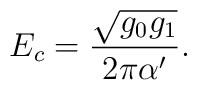
E_{c}=\frac{\sqrt{g_0g_1}}{2\pi\alpha^{\prime}}.